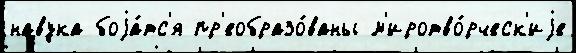
навука боjа́тс'я пр'еобразо́ваны м'иротво́рческ'иjе